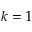
k = 1